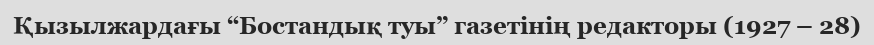
Қызылжардағы “Бостандық туы” газетінің редакторы (1927 – 28)